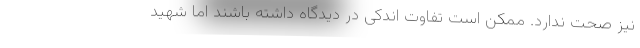
نیز صحت ندارد. ممکن است تفاوت اندکی در دیدگاه داشته باشند اما شهید